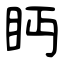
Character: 眄